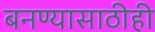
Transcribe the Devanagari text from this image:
बनण्यासाठीही